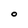
Character: O